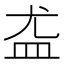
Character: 𪾊